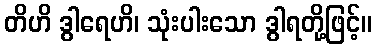
တိဟိ ဒွါရေဟိ၊ သုံးပါးသော ဒွါရတို့ဖြင့်။